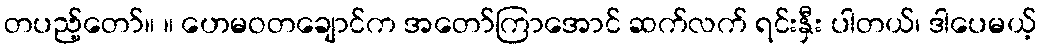
တပည့်တော်။ ။ ဟေမဝတချောင်က အတော်ကြာအောင် ဆက်လက် ရင်းနှီး ပါတယ်၊ ဒါပေမယ့်